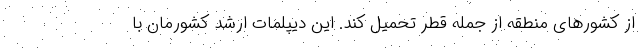
از کشورهای منطقه از جمله قطر تحمیل کند. این دیپلمات ارشد کشورمان با